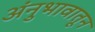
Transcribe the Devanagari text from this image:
अंनुभावातून